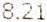
8.21